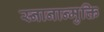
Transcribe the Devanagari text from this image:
स्नानान्मुक्ति